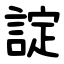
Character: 諚